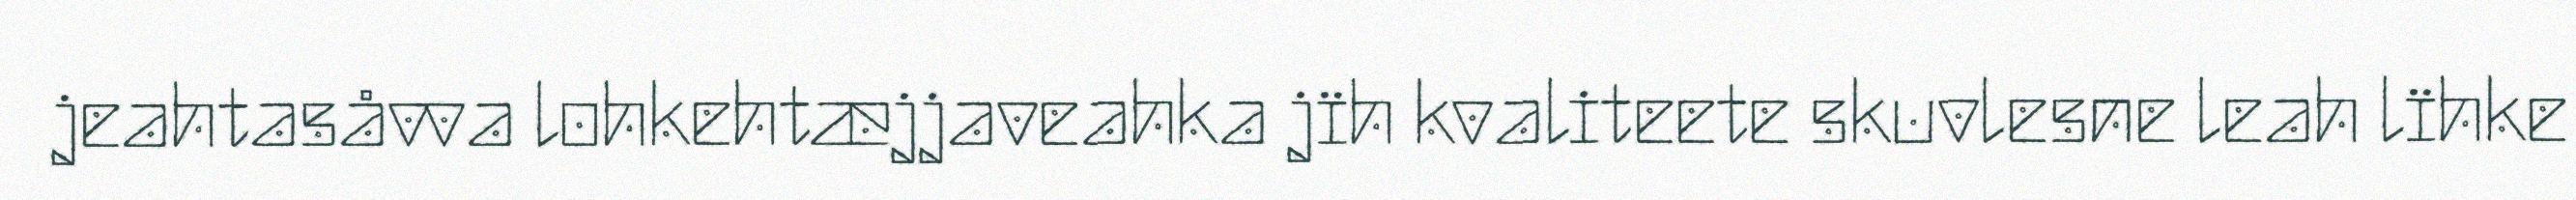
jeahtasåvva lohkehtæjjaveahka jïh kvaliteete skuvlesne leah lïhke